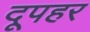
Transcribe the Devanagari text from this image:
दूपहर